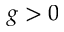
g > 0